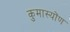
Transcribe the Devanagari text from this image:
कुमास्योंण